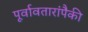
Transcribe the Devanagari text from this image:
पूर्वावतारांपैकी